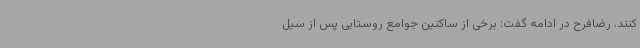
کنند. رضافرح در ادامه گفت: برخی از ساکنین جوامع روستایی پس از سیل